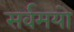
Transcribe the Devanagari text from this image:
सर्वमयो